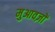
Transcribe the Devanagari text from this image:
मुआवज़ों